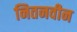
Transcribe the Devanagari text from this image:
नितनवीन